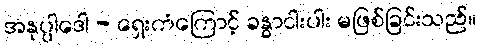
အနုပ္ပါဒေါ - ရှေးကံကြောင့် ခန္ဓာငါးပါး မဖြစ်ခြင်းသည်။